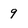
Character: 9